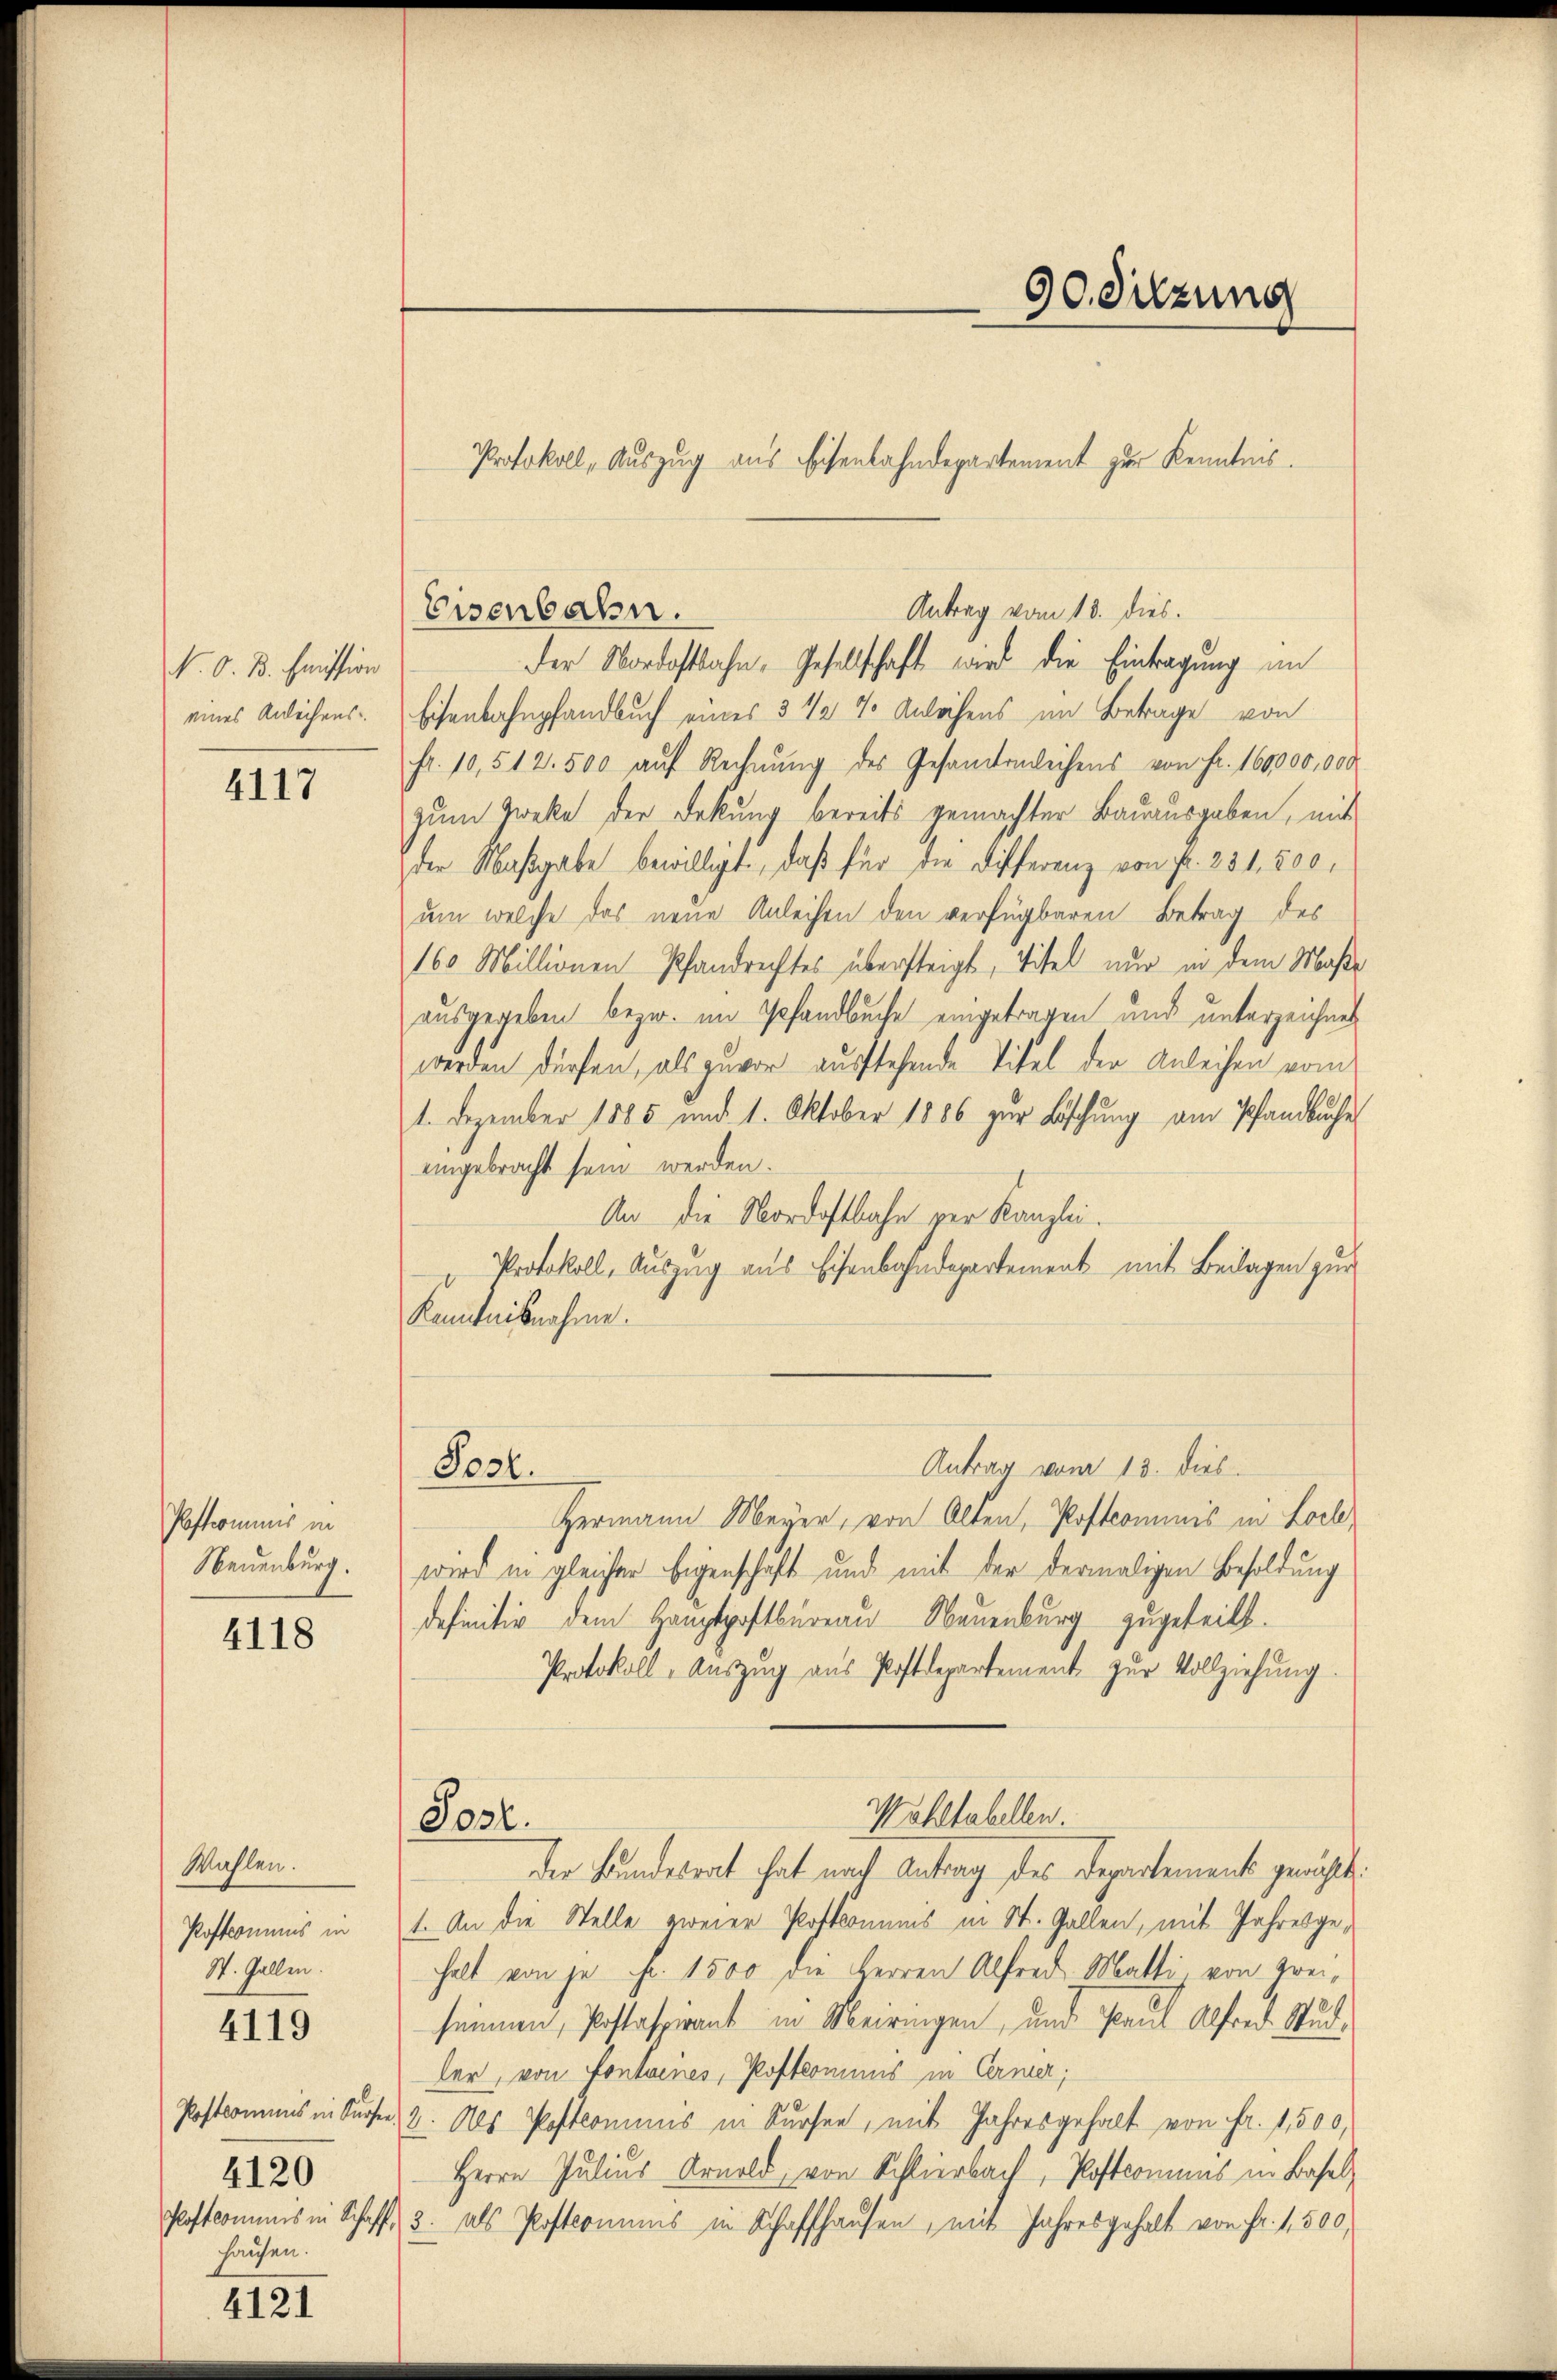
N. O. B. Emission
eines Andlichens

4117

Postcomuns in
Neuenburg.

4118

Wahlen.
Poffconius in
St. Gallen.

4119

Postkommnis in Kurse
4120
Postcommis in Schaff
hausen.

4121

Eisenbahnpfandbuch eines 3 ½ % Anlehens im Betrage von
fr. 10,512.500 auf Rechnŭng des Gesandtenleihens von Fr. 160,000,000
zum Zweke der Deckung bereits gemachter Bauausgaben, mit
der Maßgabe bewilligt, daß für die Differenz von Fr. 231,800,
um welche das neue Anleihen den verfügbaren Betrag des
160 Millionen Pfandrechtes übersteigt, Titel nur in dem Maße
ausgegeben bezw. im Gefandbuche eingetragen und unterzeichnet
werden dürfen, als zuvor ausstehende Titel der Anleihen vom
1. Dezember 1885 und 1. Oktober 1886 zur Löschung am Pfandbuche
eingebracht sein werden.
An die Nordostbahn per Kanzlei.
Protokoll, Auszug aus Eisenbahndepartement mit Beilagen zur
Kenntnisnahme.
Antrag vom 13. dies
Post.
Hermann Meyer, von Alten, Postcommis in Lochwird in gleicher Eigenschaft und mit der dermaligen Besoldung
definitiv dem Hauptpostbureau Nauenburg zugeteilt.
Protokoll, Aŭszŭg aŭs Postdepartement zŭr Vollziehung.
Wahltabellen.
Post.
der Bundesrat hat nach Antrag des Departement gewählt:
1. An die Stelle zweier Postronums in St. Gallen, mit Jahresgehalt von je Fr. 1500 die Herren Alfred Matti von Freiseinen Postasprant in Meiringen, und Paul Alfred Studder, von Contoines, Postcomins in Cerner,
er 2. Als Postcommis in Sursee, mit Jahresgehalt von Fr. 1,500,
Herrn Julius Arnold, von Schlierbach, Postcomuns in Basel¬
43. als Postcomins in Schaffhausen, mit Jahresgehalt von Fr. 1,500,

Antrag vom 18. dies.
Eisenbahn.
der Nordostbahn, Gesellschaft wird die Eintragung im

Protokoll, Auszug aus Eisenbahndepartement zur Kenntnis.

90. Sitzung